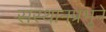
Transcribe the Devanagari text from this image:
संस्थानप्रभुने